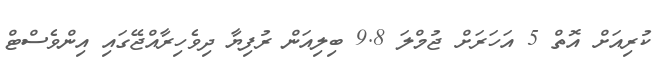
ކުރިއަށް އޮތް 5 އަހަރަށް ޖުމްލަ 9.8 ބިލިއަން ރުފިޔާ ދިވެހިރާއްޖޭގައި އިންވެސްޓް